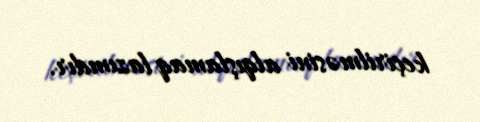
keçirilməsini alqışlamaq lazımdır.